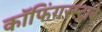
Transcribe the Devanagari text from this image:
कॉफिंगरस्ट्राबे